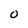
Character: O